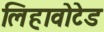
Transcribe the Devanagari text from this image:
लिहावोटेड